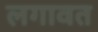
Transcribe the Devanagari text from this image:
लगावत